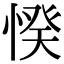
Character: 𢜽